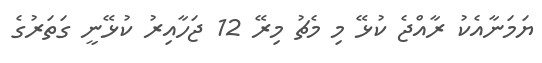
ޔަމަނާއެކު ރާއްޖެ ކުޅޭ މި މެޗު މިރޭ 12 ޖަހާއިރު ކުޅޭނީ ގަތަރުގެ